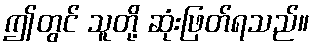
ဤတွင် သူတို့ ဆုံးဖြတ်ရသည်။